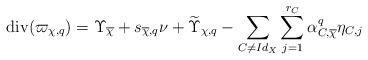
LaTeX: \begin{align*}\mathrm{div}(\varpi_{\chi,q})=\Upsilon_{\overline{\chi}}+s_{\overline{\chi},q}\nu+\widetilde{\Upsilon}_{\chi,q}-\sum_{C \neq Id_{X}}\sum_{j=1}^{r_{C}}\alpha_{C,\overline{\chi}}^{q}\eta_{C,j} \end{align*}